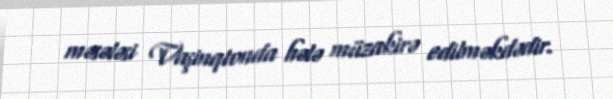
məsələsi Vaşinqtonda hələ müzakirə edilməkdədir.